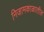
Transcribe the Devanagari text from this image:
निजामकाळातील